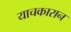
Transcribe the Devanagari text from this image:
याचकारान